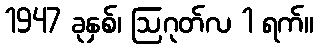
1947 ခုနှစ်၊ ဩဂုတ်လ 1 ရက်။